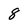
Character: 8